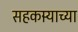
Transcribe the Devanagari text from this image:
सहकार्‍याच्या